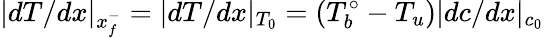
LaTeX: |dT/dx|_{x_{f}^{-}}=|dT/dx|_{T_{0}}=(T_{b}^{\circ}-T_{u})|dc/dx|_{c_{0}}